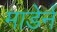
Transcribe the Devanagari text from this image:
माडेर्न